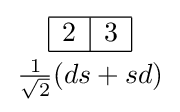
{{\begin{array}{|c|c|}\hline 2&3\\\hline \end{array}} \atop {\frac {1}{\sqrt {2}}}(ds+sd)}